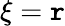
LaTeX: \xi=\mathtt{r}